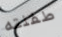
طفلته